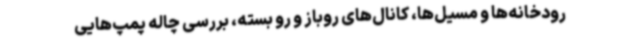
رودخانه‌ها و مسیل‌ها، کانال‌های روباز و رو بسته، بررسی چاله پمپ‌هایی